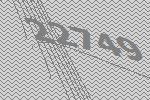
22749